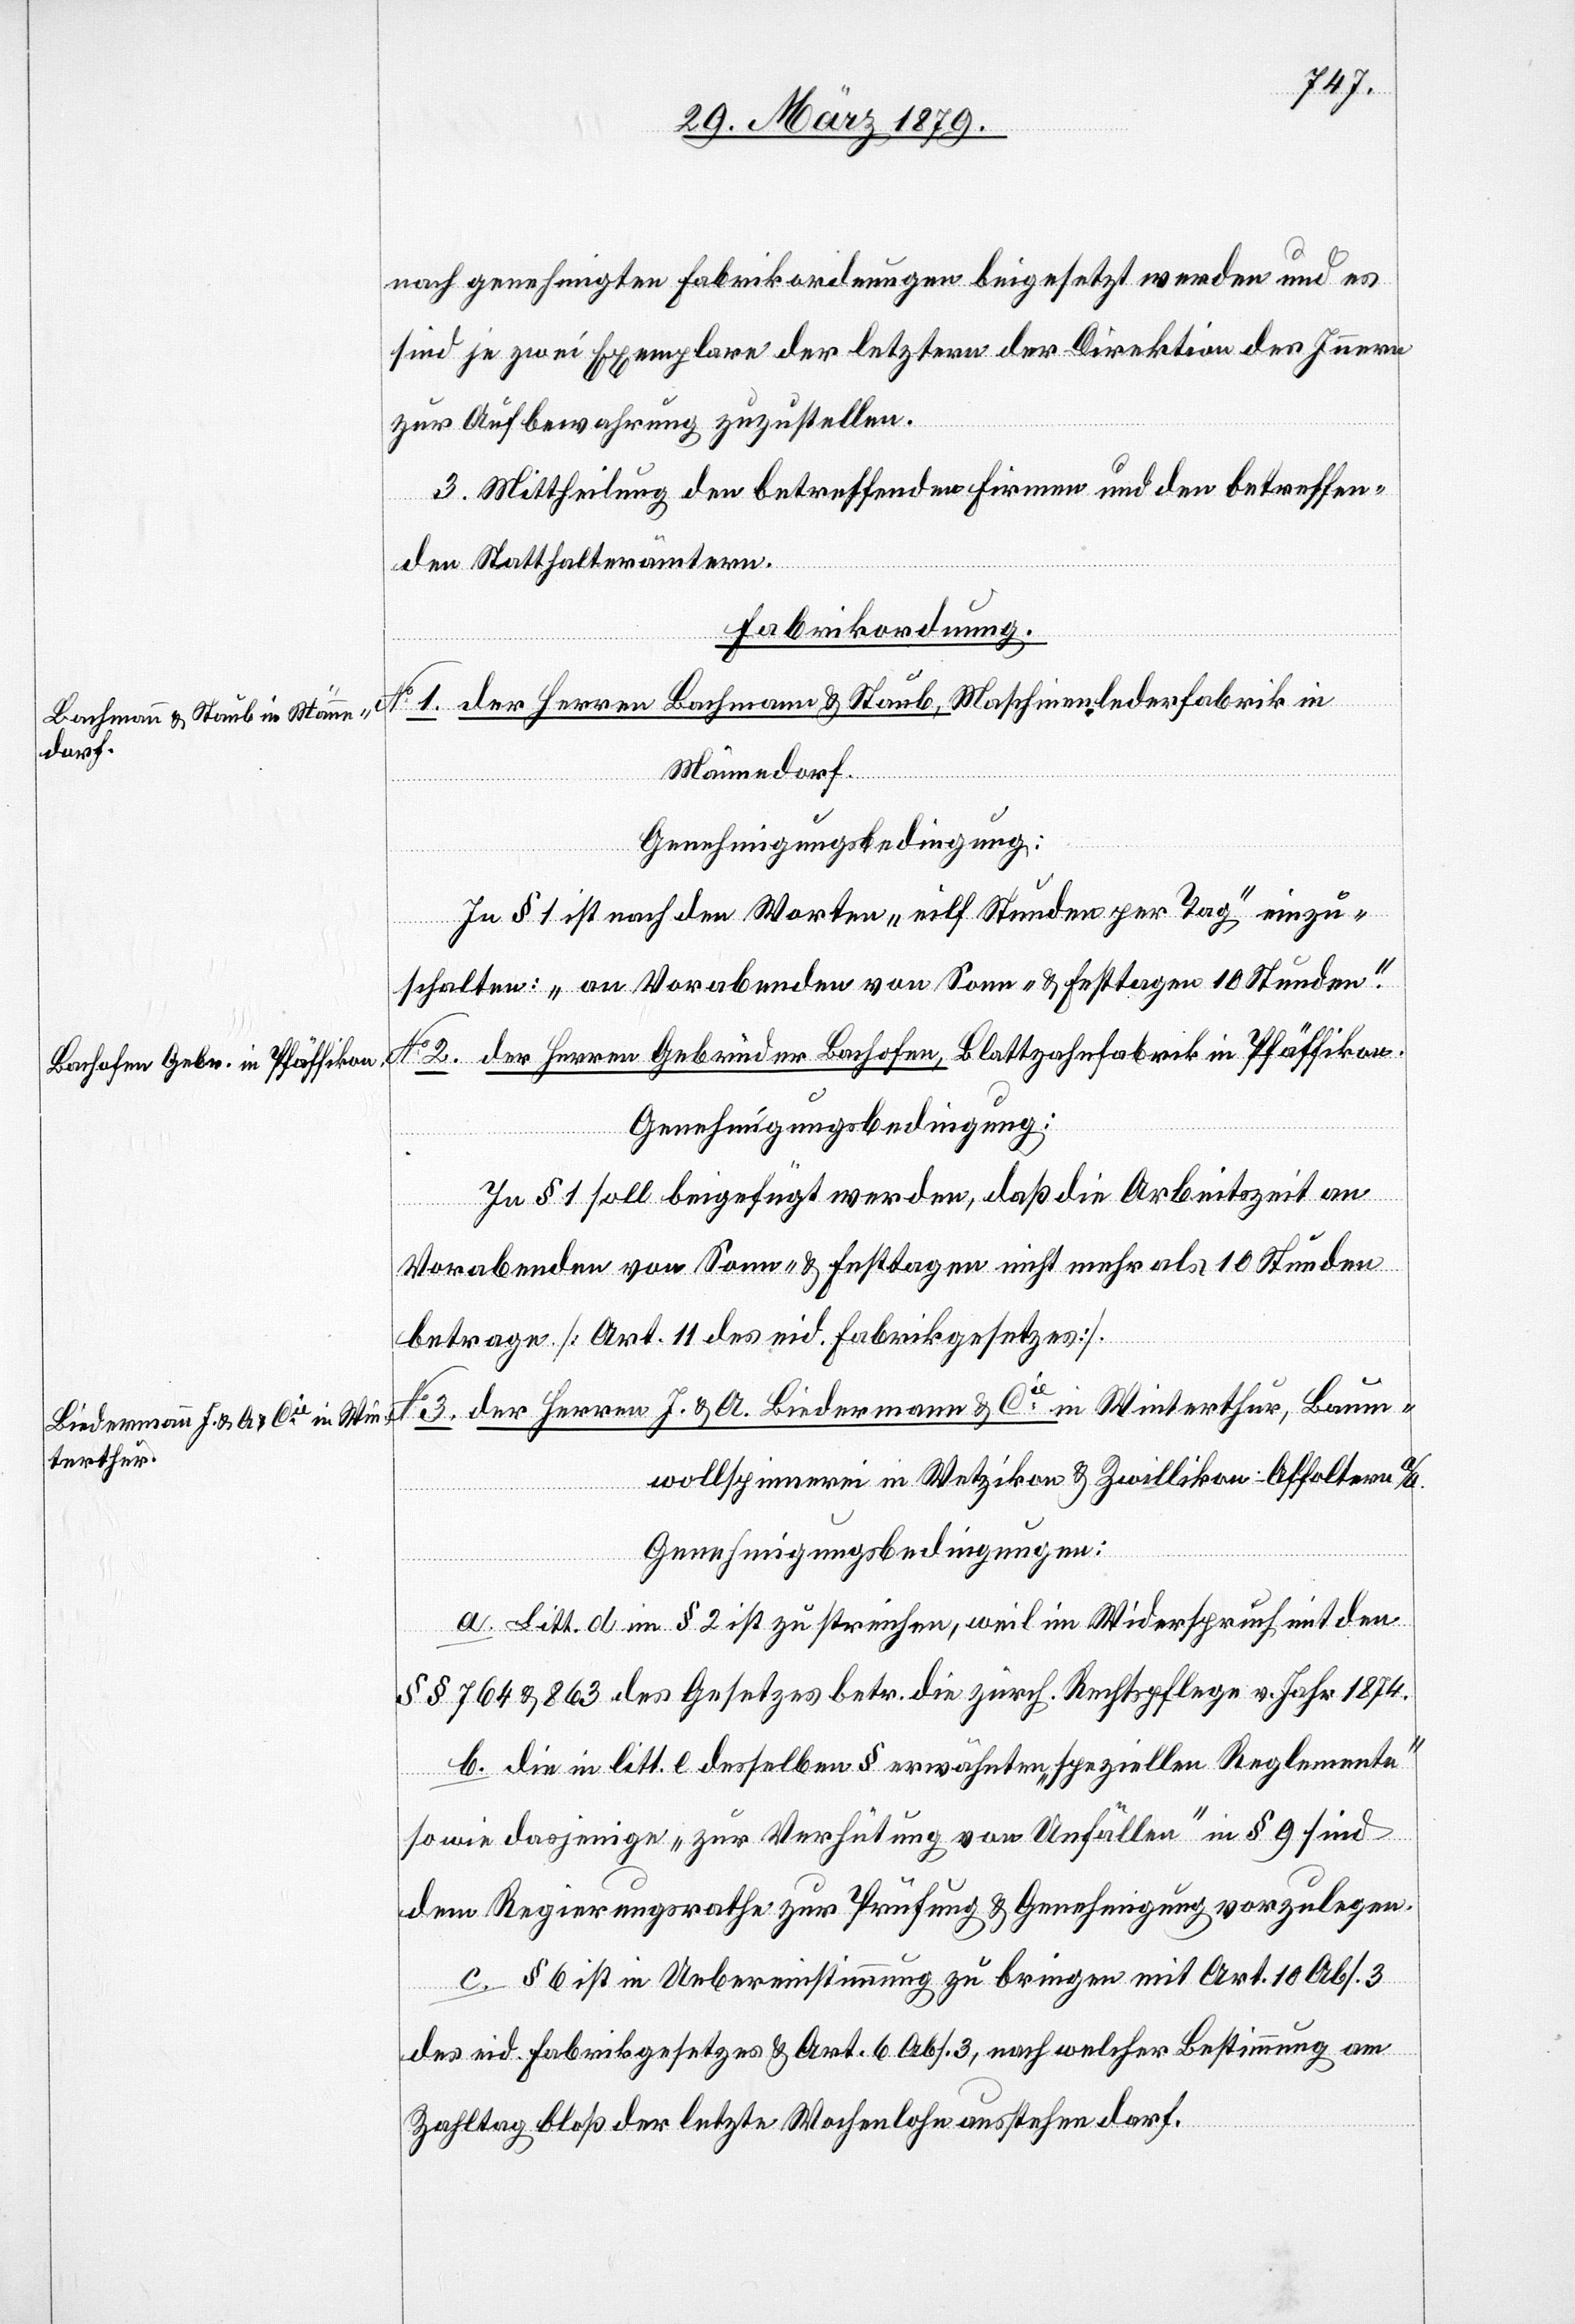
nach genehmigten Fabrikordnungen beigesetzt werden und es
sind je zwei Exemplare der letztern der Direktion des Innern
zur Aufbewahrung zuzustellen.
3. Mittheilung den betreffenden Firmen und den betreffen¬
etzung
den Statthalterämtern.
[Fabrikordnung.]
1. der Herren Bachmann & Staub, Maschinenlederfabrik in
Männedorf.
Genehmigungsbedingung:
In § 1 ist nach den Worten „eilf [sic!] Stunden per Tag“ einzu¬
schalten: „an Vorabenden von Sonn- & Festtagen 10 Stunden“.
No 2. der Herren Gebrüder Bachofen, Blattzahnfabrik in Pfäffikon.
Genehmigungsbedingung:
In § 1 soll beigefügt werden, daß die Arbeitszeit an
Vorabenden von Sonn- & Festtagen nicht mehr als 10 Stunden
betrage [Art. 11 des eid. Fabrikgesetzes].
No 3. der Herren J. & A. Biedermann & Cie in Winterthur, Baum¬
wollspinnerei in Wetzikon & Zwillikon - Affoltern a/A.
Genehmigungsbedingungen:
a. Litt. d in § 2 ist zu streichen, weil im Widerspruch mit den
§§ 764 & 863 des Gesetzes betr. die zürch. Rechtspflege v. Jahr 1874.
b. Die in litt. e desselben § erwähnten „speziellen Reglemente“
sowie dasjenige „zur Verhütung von Unfällen“ in § 9 sind
dem Regierungsrathe zur Prüfung & Genehmigung vorzulegen.
c. § 6 ist in Uebereinstimmung zu bringen mit Art. 10 Abs. 3
des eid. Fabrikgesetzes & Art. 6 Abs. 3, nach welcher Bestimmung am
Zahltag bloß der letzte Wochenlohn ausstehen darf.